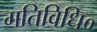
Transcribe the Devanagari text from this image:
गतिविधि०